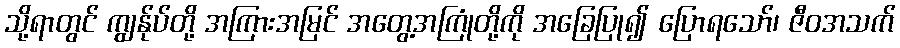
သို့ရာတွင် ကျွန်ုပ်တို့ အကြားအမြင် အတွေ့အကြုံတို့ကို အခြေပြု၍ ပြောရသော်၊ ဇီဝအသက်